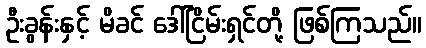
ဦးခွန်းနှင့် မိခင် ဒေါ်ငြိမ်းရှင်တို့ ဖြစ်ကြသည်။